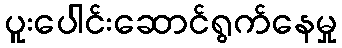
ပူးပေါင်းဆောင်ရွက်နေမှု